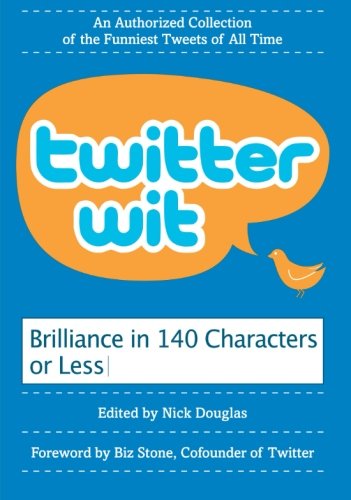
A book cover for Twitter Wit: Brilliance in 140 Characters or Less; Nick Douglas; Humor & Entertainment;